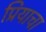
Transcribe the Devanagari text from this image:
प्रियाचा